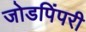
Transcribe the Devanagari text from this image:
जोडपिंपरी